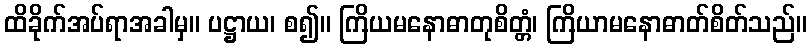
ထိခိုက်အပ်ရာအခါမှ။ ပဋ္ဌာယ၊ စ၍။ ကြိယမနောဓာတုစိတ္တံ၊ ကြိယာမနောဓာတ်စိတ်သည်။